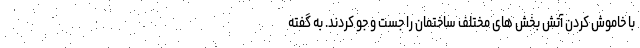
با خاموش کردن آتش بخش های مختلف ساختمان را جست و جو کردند. به گفته